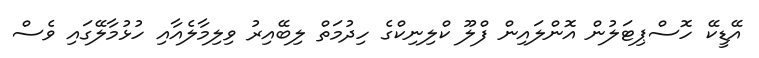
އޭޑީކޭ ހޮސްޕިޓަލުން އޮންލައިން ފްލޫ ކްލިނިކްގެ ހިދުމަތް ލިބޭއިރު ވިލިމާލެއާއި ހުޅުމާލޭގައި ވެސް